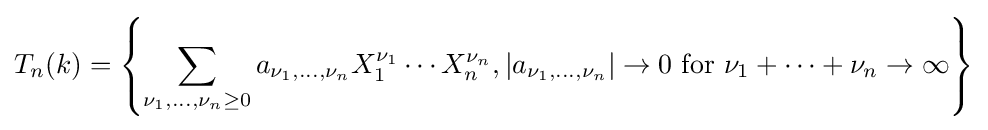
T_{n}(k)=\left\{\sum _{\nu _{1},\dots ,\nu _{n}\geq 0}a_{\nu _{1},\dots ,\nu _{n}}X_{1}^{\nu _{1}}\cdots X_{n}^{\nu _{n}},|a_{\nu _{1},\dots ,\nu _{n}}|\to 0{\text{ for }}\nu _{1}+\dots +\nu _{n}\to \infty \right\}